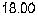
18.00